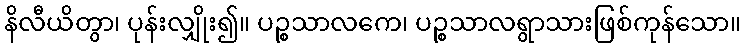
နိလီယိတွာ၊ ပုန်းလျှိုး၍။ ပဉ္စသာလကေ၊ ပဉ္စသာလရွာသားဖြစ်ကုန်သော။